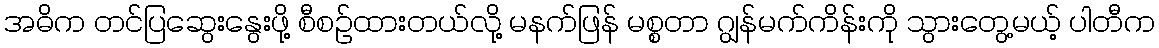
အဓိက တင်ပြဆွေးနွေးဖို့ စီစဉ်ထားတယ်လို့ မနက်ဖြန် မစ္စတာ ဂျွန်မက်ကိန်းကို သွားတွေ့မယ့် ပါတီက